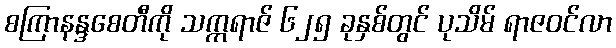
စကြာနန္ဒစေတီကို သက္ကရာဇ် ၆၂၅ ခုနှစ်တွင် ပုသိမ် ရာဇဝင်လာ